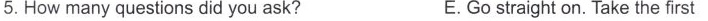
5. How many questions did you ask? E. Go straight on. Take the frist